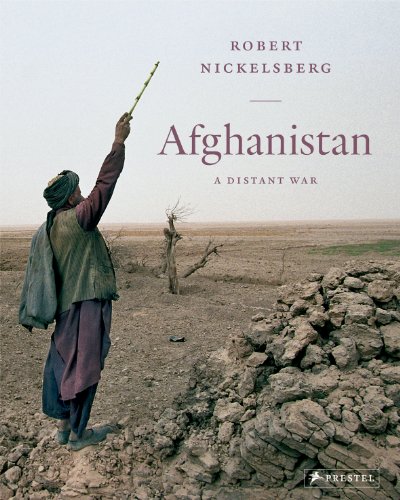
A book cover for Afghanistan: A Distant War; Robert Nickelsberg; Travel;